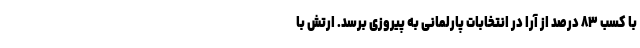
با کسب ۸۳ درصد از آرا در انتخابات پارلمانی به پیروزی برسد. ارتش با